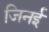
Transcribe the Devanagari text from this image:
जिनई